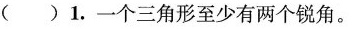
() 1. 一个三角形至少有两个锐角。